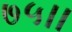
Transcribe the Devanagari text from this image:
७५।।